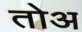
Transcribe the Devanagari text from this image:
तोअ